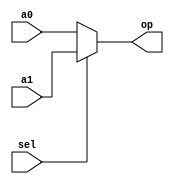
`timescale 1ns / 1ps
//////////////////////////////////////////////////////////////////////////////////
// Company: 
// Engineer: 
// 
// Design Name: 
// Module Name:    mux 
// Project Name: 
// Target Devices: 
// Tool versions: 
// Description: 
//
// Dependencies: 
//
// Revision: 
// Revision 0.01 - File Created
// Additional Comments: 
//
//////////////////////////////////////////////////////////////////////////////////
module mux(a0,a1,sel,op
    );
	input a0,a1,sel ;
	output reg op;
	always @(*)
	begin
	if(sel)
		begin
			op = a1;
		end
	else
		begin
			op = a0;
		end
	end

endmodule